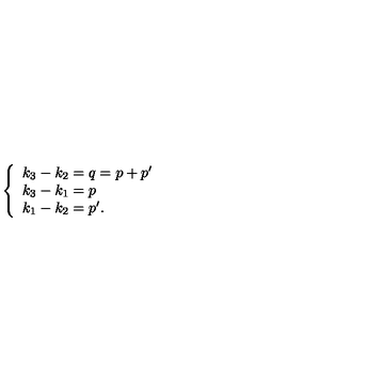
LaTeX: \left\{ \begin{array} { l } { k _ { 3 } - k _ { 2 } = q = p + p ^ { \prime } } \\ { k _ { 3 } - k _ { 1 } = p } \\ { k _ { 1 } - k _ { 2 } = p ^ { \prime } . } \\ \end{array} \right.